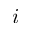
i